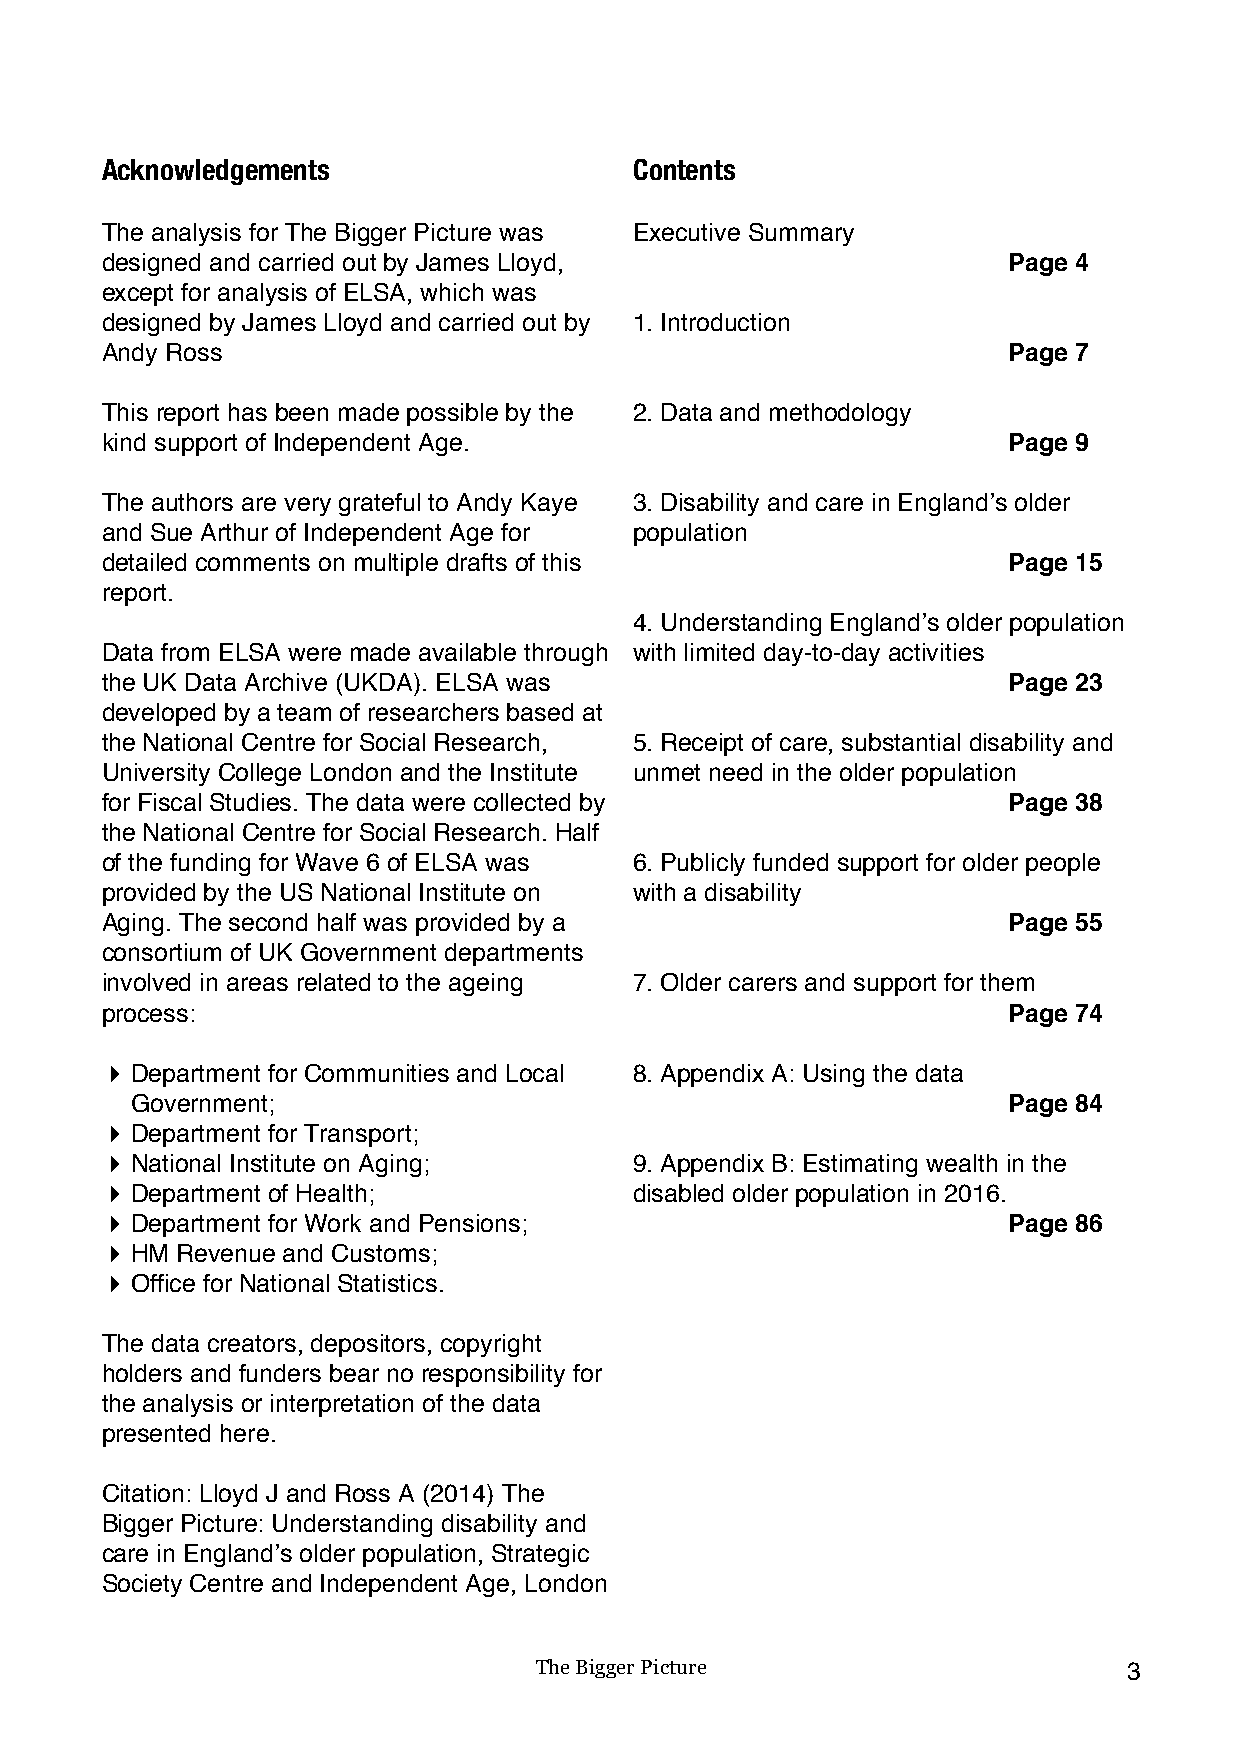
Acknowledgements                   Contents
 The analysis for The Bigger Picture was Executive Summary
 designed and carried out by James Lloyd,                    Page 4
 except for analysis of ELSA, which was
 designed by James Lloyd and carried out by 1. Introduction
 Andy Ross                                                   Page 7
 This report has been made possible by the 2. Data and methodology
 kind support of Independent Age.                            Page 9
 The authors are very grateful to Andy Kaye 3. Disability and care in England’s older
 and Sue Arthur of Independent Age for population
 detailed comments on multiple drafts of this                Page 15
 report.
 4. Understanding England’s older population
 Data from ELSA were made available through with limited day-to-day activities
 the UK Data Archive (UKDA). ELSA was                        Page 23
 developed by a team of researchers based at
 the National Centre for Social Research, 5. Receipt of care, substantial disability and
 University College London and the Institute unmet need in the older population
 for Fiscal Studies. The data were collected by              Page 38
 the National Centre for Social Research. Half
 of the funding for Wave 6 of ELSA was 6. Publicly funded support for older people
 provided by the US National Institute on with a disability
 Aging. The second half was provided by a                    Page 55
 consortium of UK Government departments
 involved in areas related to the ageing 7. Older carers and support for them
 process:                                                    Page 74
 ! Department for Communities and Local 8. Appendix A: Using the data
 Government;                                               Page 84
 ! Department for Transport;
 ! National Institute on Aging;     9. Appendix B: Estimating wealth in the
 ! Department of Health;            disabled older population in 2016.
 ! Department for Work and Pensions;                         Page 86
 ! HM Revenue and Customs;
 ! Office for National Statistics.
 The data creators, depositors, copyright
 holders and funders bear no responsibility for
 the analysis or interpretation of the data
 presented here.
 Citation: Lloyd J and Ross A (2014) The
 Bigger Picture: Understanding disability and
 care in England’s older population, Strategic
 Society Centre and Independent Age, London
 The Bigger Picture                      3